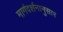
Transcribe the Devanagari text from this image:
मार्गदर्शनानुसार